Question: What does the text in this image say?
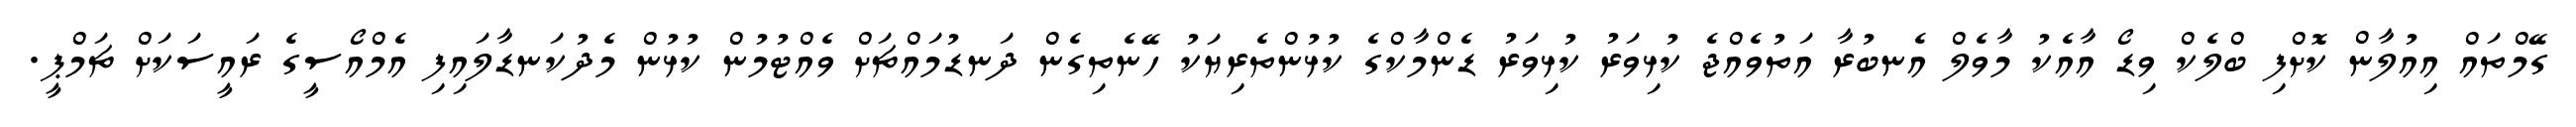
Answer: ގޭމްތައް އިއުލާން ކޮށްފި ބްލެކް ވިޑޯ އާއެކު މާވެލް އެނބުރާ އަތުވެއްޖެ ކުޅިވަރު ކުޅިވަރު ޑެންމާކްގެ ކުޅުންތެރިޔަކު ހޭނެތިގެން ދަނޑުމައްޗަށް ވެއްޓުމުން ކުޅުން މެދުކަނޑާލައިފި އެމްއޯސީގެ ރައީސަކަށް ޗަމްޕީ.